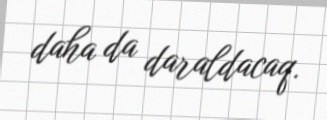
daha da daraldacaq.